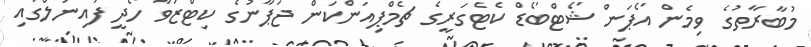
މުބާރާތުގެ ވިމެން އޯޕަން ޝޯޓްބޯޑް ކެޓެގަރީގެ ޗެމްޕިއަންކަން ޖަޕާނުގެ ކިޓްޒަވާ ހޯދީ ފައިނަލްގައި